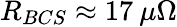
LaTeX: R_{BCS}\approx 17\: \mu\Omega